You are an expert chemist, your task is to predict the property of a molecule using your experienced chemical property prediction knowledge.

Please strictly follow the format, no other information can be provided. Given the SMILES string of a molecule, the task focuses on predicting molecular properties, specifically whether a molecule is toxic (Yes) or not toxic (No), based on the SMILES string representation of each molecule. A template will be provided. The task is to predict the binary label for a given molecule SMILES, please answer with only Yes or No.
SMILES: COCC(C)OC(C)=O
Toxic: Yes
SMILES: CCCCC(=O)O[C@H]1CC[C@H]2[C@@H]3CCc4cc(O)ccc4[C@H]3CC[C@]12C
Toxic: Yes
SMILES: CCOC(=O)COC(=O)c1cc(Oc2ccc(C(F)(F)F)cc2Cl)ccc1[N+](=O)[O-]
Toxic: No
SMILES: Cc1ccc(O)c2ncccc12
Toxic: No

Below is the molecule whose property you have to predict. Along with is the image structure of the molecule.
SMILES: C[C@H]1CC[C@]2(NC1)O[C@H]1C[C@H]3[C@@H]4CC[C@H]5C[C@@H](O[C@@H]6O[C@H](CO)[C@H](O[C@@H]7O[C@H](CO)[C@@H](O)[C@H](O[C@@H]8OC[C@@H](O)[C@H](O)[C@H]8O)[C@H]7O[C@@H]7O[C@H](CO)[C@@H](O)[C@H](O)[C@H]7O)[C@H](O)[C@H]6O)CC[C@]5(C)[C@H]4CC[C@]3(C)[C@H]1[C@@H]2C
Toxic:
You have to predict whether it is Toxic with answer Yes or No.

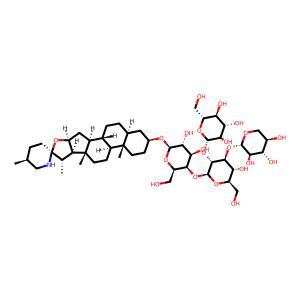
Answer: No